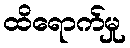
ထိရောက်မှု